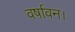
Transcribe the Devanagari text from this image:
वर्षावन।